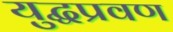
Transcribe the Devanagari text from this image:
युद्धप्रवण